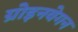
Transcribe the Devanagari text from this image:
ग्रोइनवेगन